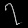
Digit: ၇